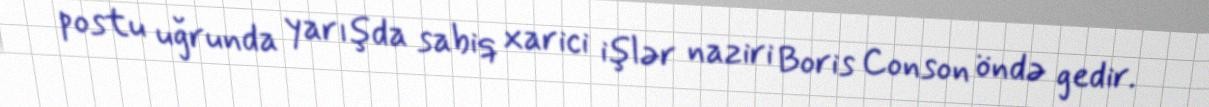
postu uğrunda yarışda sabiq xarici işlər naziri Boris Conson öndə gedir.